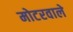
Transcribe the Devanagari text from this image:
मोटरवाले